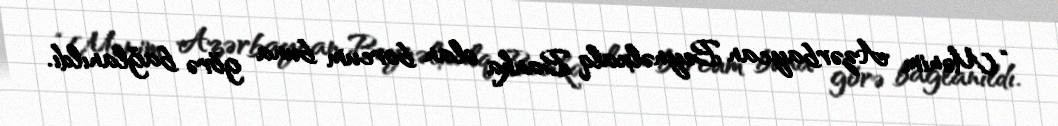
“Mənim Azərbaycan Beynəlxalq Banka olan borcum buna görə bağlanıldı.